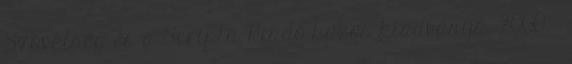
Szövetség és a Scripta Kiadó közös kiadványa, 2000. –